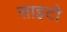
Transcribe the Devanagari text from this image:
साइटो